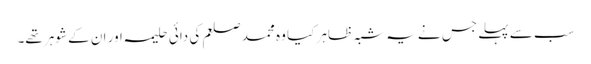
سب سے پہلے جس نے یہ شبہ ظاہر کیا وہ محمد صلعم کی دائی حلیمہ اور ان کے شوہر تھے۔